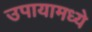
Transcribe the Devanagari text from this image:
उपायामध्ये